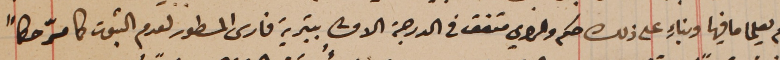
لم يعلما ما فيها وبناءِ على ذلك حكم والراي متفق فى الدرجة الاولى بتبرية فارس المسطور لعدم الثبوت كما مرّ حكماً